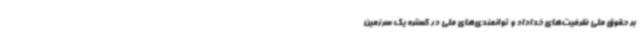
بر حقوق ملی ظرفیت‌های خداداد و توانمندی‌های ملی در گستره‌ یک سرزمین